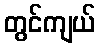
တွင်ကျယ်